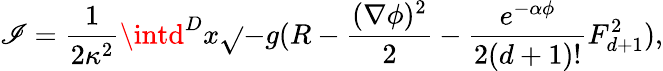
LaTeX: \mathscr{I}=\frac{{1}}{{2\kappa^{2}}}\intd^{D}x\sqrt{}{{-g}}(R-\frac{{(\nabla\phi)^{2}}}{{2}}-\frac{{e^{-\alpha\phi}}}{{2(d+1)!}}F_{d+1}^{2}),